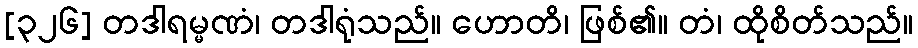
[၃၂၆] တဒါရမ္မဏံ၊ တဒါရုံသည်။ ဟောတိ၊ ဖြစ်၏။ တံ၊ ထိုစိတ်သည်။